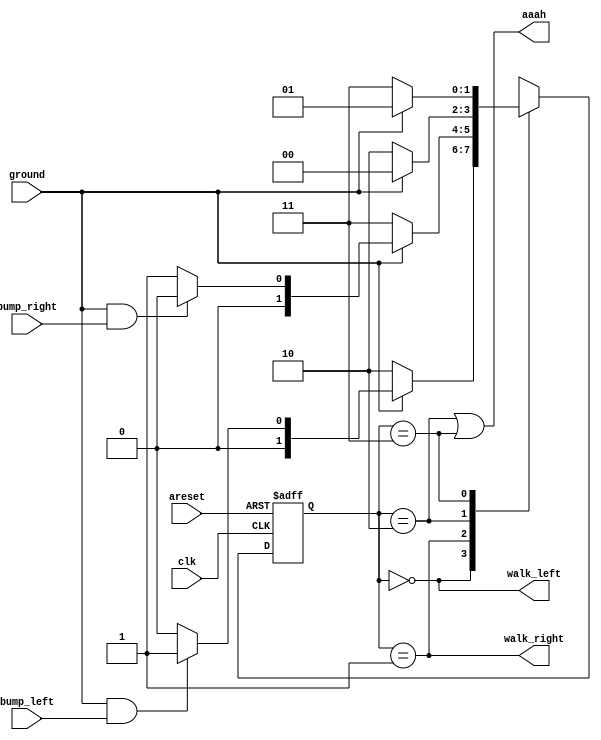
module top_module(
    input clk,
    input areset,    // Freshly brainwashed Lemmings walk left.
    input bump_left,
    input bump_right,
    input ground,
    output walk_left,
    output walk_right,
    output aaah ); 
    
    parameter LEFT = 0 , RIGHT = 1 , DOWN_L = 2 , DOWN_R = 3 ;
    reg [1:0] cstate , nstate ;
    
    always @(posedge clk or posedge areset) begin
        if(areset) begin
            cstate <= LEFT ;
        end
        else begin
            cstate <= nstate ;
        end
    end
    
    always @(*) begin
        case(cstate)
            LEFT : begin
                if(!ground) nstate = DOWN_L ;
                else if(ground && bump_left) nstate = RIGHT ;
                else nstate = LEFT ;
            end
            RIGHT : begin
                if(!ground) nstate = DOWN_R ;
                else if(ground && bump_right) nstate = LEFT ;
                else nstate = RIGHT ;
            end
            DOWN_L : begin
                if(!ground) nstate = DOWN_L ;
                else nstate = LEFT ;
            end
            DOWN_R : begin
                if(!ground) nstate = DOWN_R ;
                else nstate = RIGHT ;
            end
        endcase
    end

    assign walk_left = (cstate == LEFT) ;
    assign walk_right = (cstate == RIGHT) ;
    assign aaah = (cstate == DOWN_L || cstate == DOWN_R) ;
    

endmodule